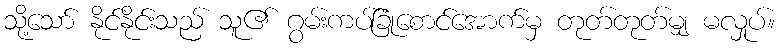
သို့သော် နိုင်နိုင်းသည် သူ၏ ဂွမ်းကပ်ခြုံစောင်အောက်မှ တုတ်တုတ်မျှ မလှုပ်။